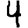
Digit: 4